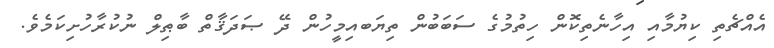
އެއްޗެތި ކިޔުމާއި އިހާނެތިކޮން ހިތުމުގެ ސަބަބުން ތިޔަބއިމީހުން ދޭ ޞަދަޤާތް ބާޠިލް ނުކުރާހުށިކަމެވެ.